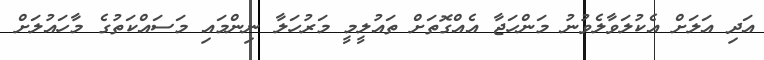
އަދި އަލަށް އެކުލަވާލެވުނު މަންހަޖާ އެއްގޮތަށް ތައުލީމީ މަރުހަލާ ނިންމައި މަސައްކަތުގެ މާހައުލަށް